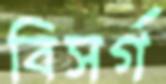
বিসর্গ